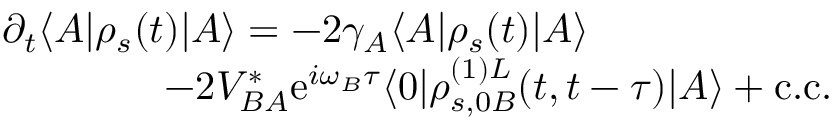
\begin{array} { r l } & { \partial _ { t } \langle A | \rho _ { s } ( t ) | A \rangle = - 2 \gamma _ { A } \langle A | \rho _ { s } ( t ) | A \rangle } \\ & { \qquad \qquad - 2 V _ { B A } ^ { * } \mathrm { e } ^ { i \omega _ { B } \tau } \langle 0 | \rho _ { s , 0 B } ^ { ( 1 ) L } ( t , t - \tau ) | A \rangle + \mathrm { c . c . } } \end{array}